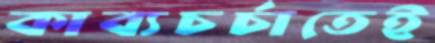
কাব্যচর্চাতেই